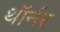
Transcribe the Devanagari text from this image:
थॉर्नर